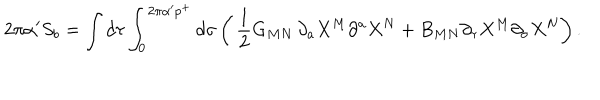
LaTeX: 2 \pi \alpha ^ { \prime } S _ { b } = \int d \tau \int _ { 0 } ^ { 2 \pi \alpha ^ { \prime } p ^ { + } } d \sigma \left( \, { \frac { 1 } { 2 } } G _ { M N } \, \partial _ { a } X ^ { M } \partial ^ { a } X ^ { N } + B _ { M N } \partial _ { \tau } X ^ { M } \partial _ { \sigma } X ^ { N } \right) .